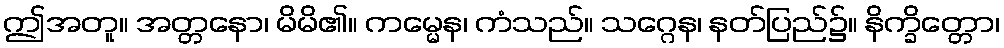
ဤအတူ။ အတ္တနော၊ မိမိ၏။ ကမ္မေန၊ ကံသည်။ သဂ္ဂေန၊ နတ်ပြည်၌။ နိက္ခိတ္တော၊